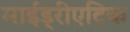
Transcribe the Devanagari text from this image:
माईड्रीएटिक